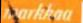
markkaa